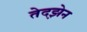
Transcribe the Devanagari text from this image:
तेदझ़ेन